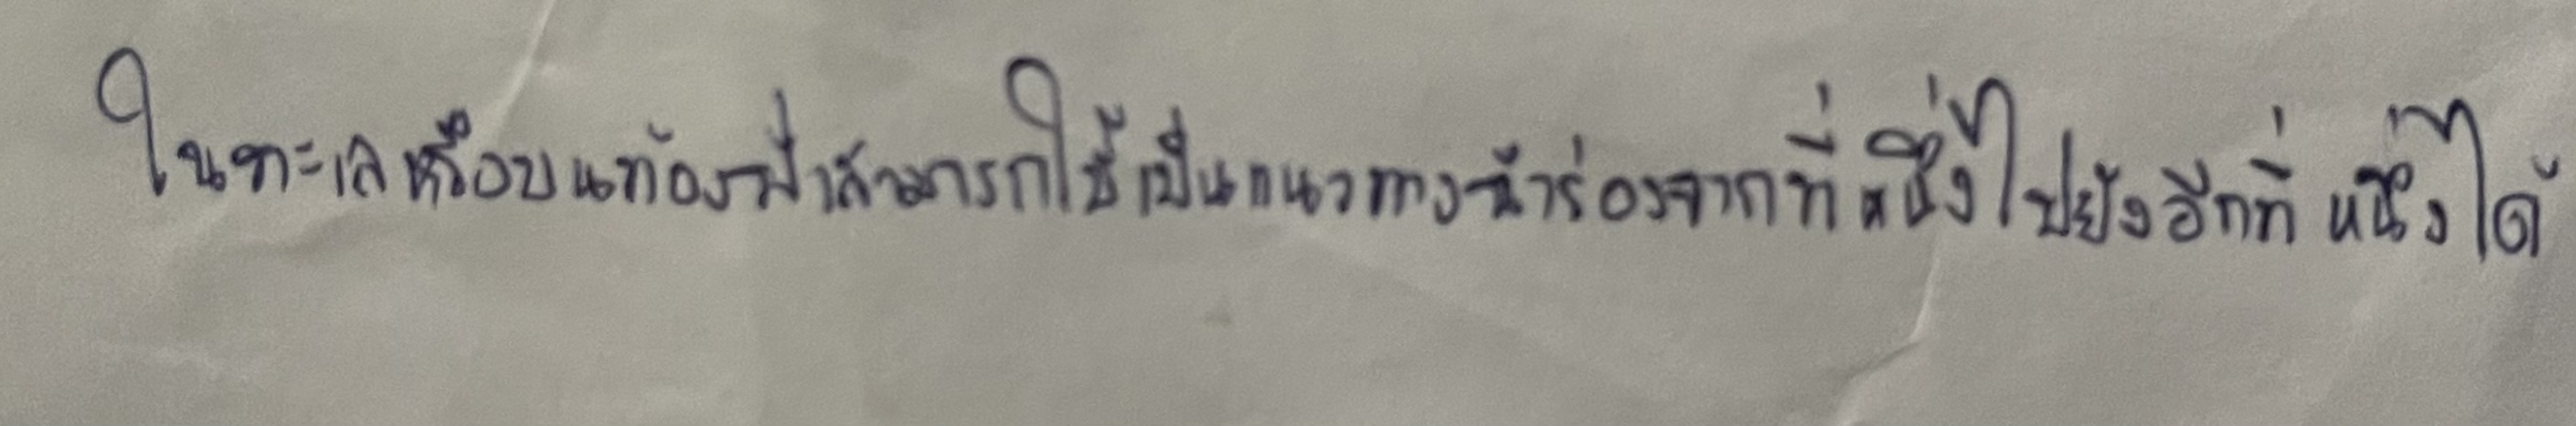
ในทะเลหรือบนท้องฟ้าสามารถใช้เป็นแนวทางนำร่องจากที่หนึ่งไปยังอีกที่หนึ่งได้